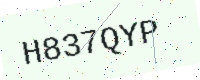
Text: H837QYP